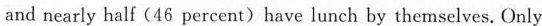
and nearly half (46 percent) have lunch by themselves. Only